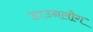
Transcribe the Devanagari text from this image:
डाउनलोग